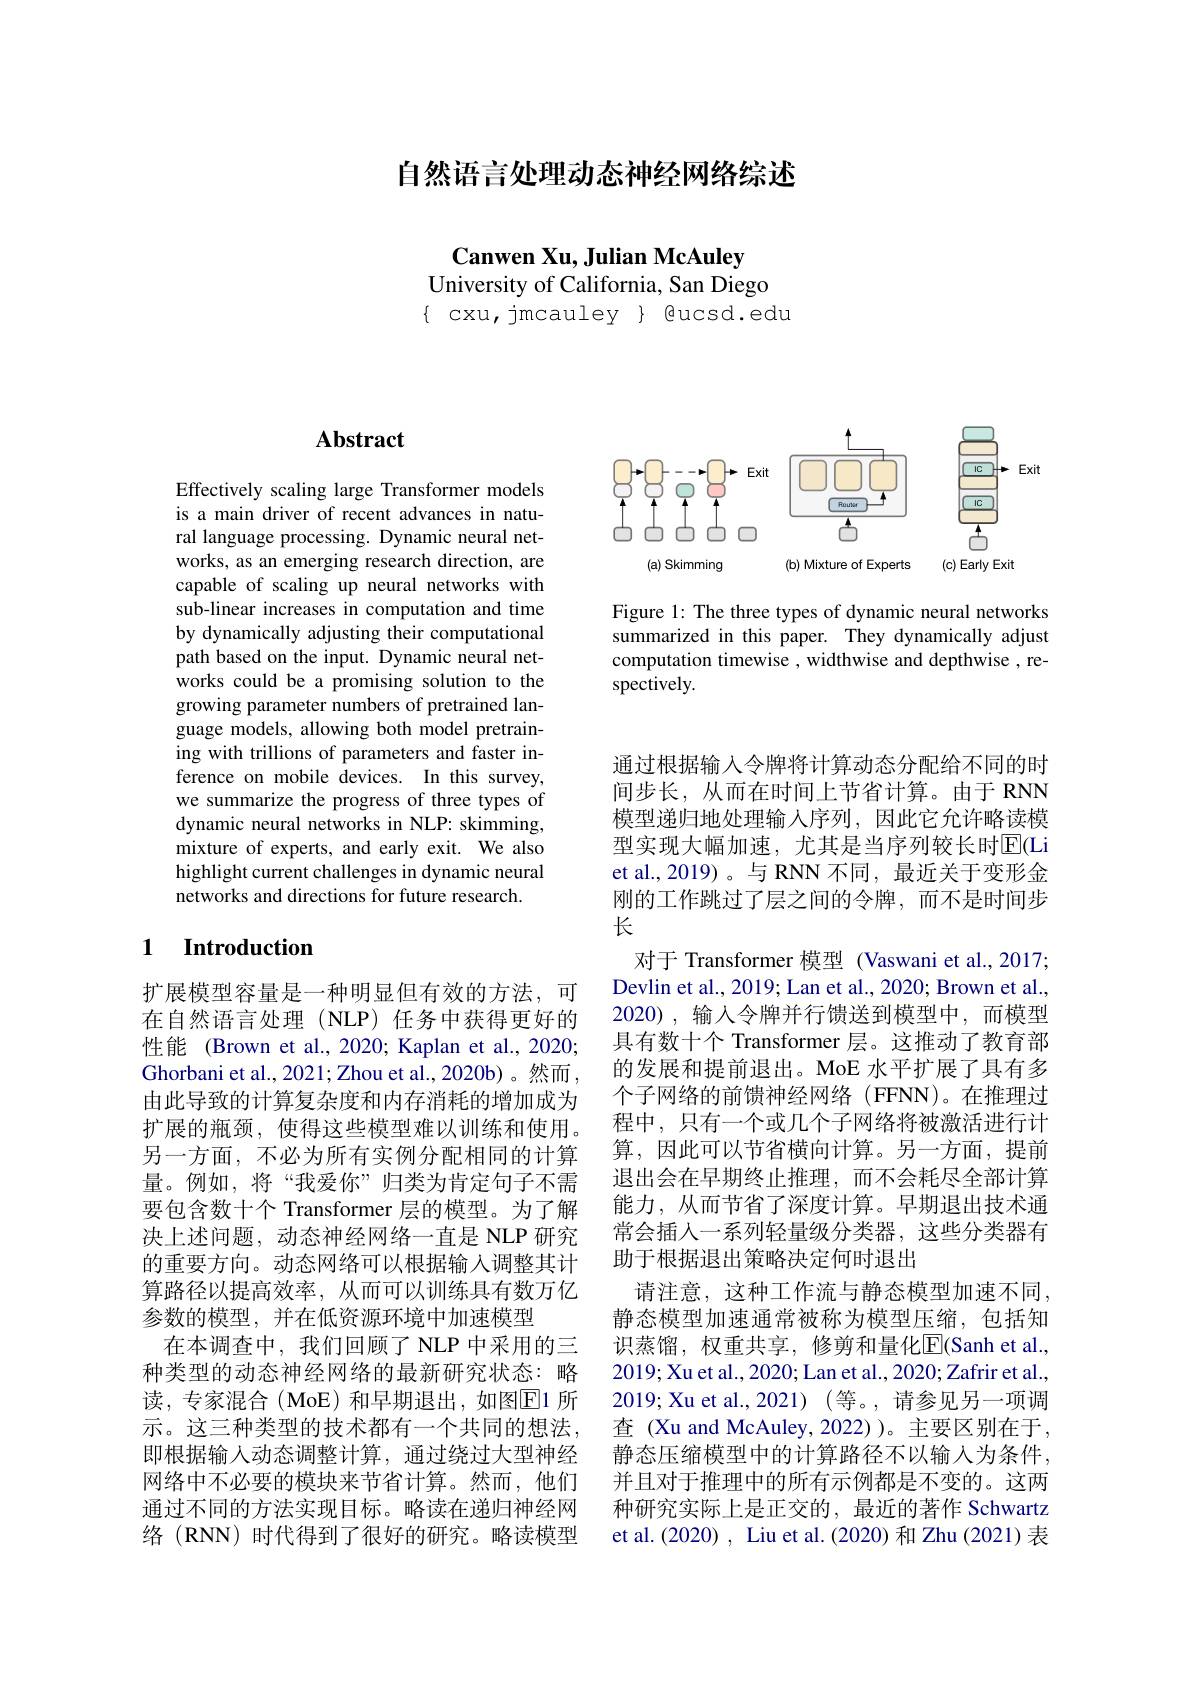
自然语言处理动态神经网络综述

$\mathbf{CanwenXu,JulianMcAuley}$
University of California, San Diego
$\{$ cxu, jmcauley $\}$ gucsd.edu

<FigureHere>

Figure 1: The three types of dynamic neural networks summarized in this paper. They dynamically adjust computation timewise , widthwise and depthwise , respectively.

## $\mathbf{Abstract}$

Effectively scaling large Transformer models is a main driver of recent advances in natural language processing. Dynamic neural networks, as an emerging research direction, are capable of scaling up neural networks with sub-linear increases in computation and time by dynamically adjusting their computational path based on the input. Dynamic neural networks could be a promising solution to the growing parameter numbers of pretrained language models, allowing both model pretraining with trillions of parameters and faster inference on mobile devices. In this survey, we summarize the progress of three types of dynamic neural networks in NLP: skimming, mixture of experts, and early exit. We also highlight current challenges in dynamic neural networks and directions for future research.

### 1 $\textbf{Introduction}$

扩展模型容量是一种明显但有效的方法，可在自然语言处理(NLP)任务中获得更好的性能 (Brown et al., 2020; Kaplan et al., 2020; Ghorbani et al., 2021; Zhou et al., 2020b) 。然而由此导致的计算复杂度和内存消耗的增加成为扩展的瓶颈，使得这些模型难以训练和使用。另一方面，不必为所有实例分配相同的计算量。例如，将“我爱你”归类为肯定句子不需要包含数十个 Transformer 层的模型。为了解决上述问题，动态神经网络一直是 NLP 研究的重要方向。动态网络可以根据输入调整其计算路径以提高效率，从而可以训练具有数万亿参数的模型，并在低资源环境中加速模型
在本调查中，我们回顾了 NLP 中采用的三种类型的动态神经网络的最新研究状态：略读，专家混合(MoE)和早期退出，如图$\overline{\mathrm{E}}$1所示。这三种类型的技术都有一个共同的想法， 即根据输入动态调整计算，通过绕过大型神经网络中不必要的模块来节省计算。然而，他们通过不同的方法实现目标。略读在递归神经网络(RNN) 时代得到了很好的研究。略读模型

通过根据输入令牌将计算动态分配给不同的时间步长，从而在时间上节省计算。由于 RNN 模型递归地处理输入序列，因此它允许略读模型实现大幅加速，尤其是当序列较长时$\overline{\mathrm{E}}($Li et al.,2019)。与 RNN 不同，最近关于变形金刚的工作跳过了层之间的令牌，而不是时间步长
对于 Transformer 模型(Vaswani et al.,2017; Devlin et al., 2019; Lan et al., 2020; Brown et al., 2020),输入令牌并行馈送到模型中，而模型具有数十个 Transformer 层。这推动了教育部的发展和提前退出。MoE 水平扩展了具有多个子网络的前馈神经网络(FFNN)。在推理过程中，只有一个或几个子网络将被激活进行计算，因此可以节省横向计算。另一方面，提前退出会在早期终止推理，而不会耗尽全部计算能力，从而节省了深度计算。早期退出技术通常会插入一系列轻量级分类器，这些分类器有助于根据退出策略决定何时退出
请注意，这种工作流与静态模型加速不同， 静态模型加速通常被称为模型压缩，包括知识蒸馏，权重共享，修剪和量化$\overline{\mathrm{E}}($Sanh et al., 2019;Xu et al., 2020; Lan et al., 2020; Zafrir et al., 2019; Xu et al., 2021) (等。, 请参见另一项调查 (Xu and McAuley,2022))。主要区别在于， 静态压缩模型中的计算路径不以输入为条件， 并且对于推理中的所有示例都是不变的。这两种研究实际上是正交的，最近的著作 Schwartz et al. (2020) , Liu et al. (2020) 和 Zhu (2021) 表